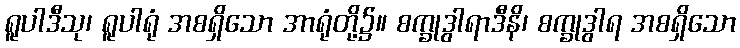
ရူပါဒီသု၊ ရူပါရုံ အစရှိသော အာရုံတို့၌။ စက္ခုဒွါရာဒီနိ၊ စက္ခုဒွါရ အစရှိသော